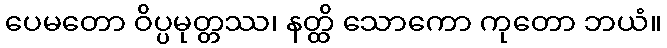
ပေမတော ဝိပ္ပမုတ္တဿ၊ နတ္ထိ သောကော ကုတော ဘယံ။